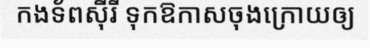
កងទ័ពស៊ីរី ទុកឱកាសចុងក្រោយឲ្យ